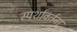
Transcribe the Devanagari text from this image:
स्पर्शावर्तना